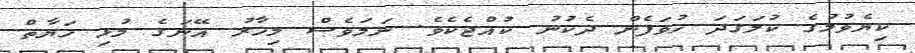
ކިޔެވުމުގެ ކުލަގަދަ ހުވަފެން ދެކުނު ކުއްޖެކެވެ. ނަމަވެސް މިހާރު އޭނަގެ މުޅި ހަޔާތް